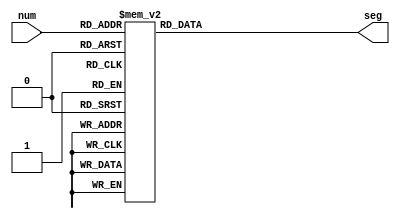
// 7-segment encoding
//      0
//     ---
//  5 |   | 1
//     --- <--6
//  4 |   | 2
//     ---
//      3
module sevenSeg(
    input [3:0]num,
    output reg [6:0]seg
    );
always @(num)
begin
      case (num)
          4'b0001 : seg = 7'b1111100;   // 1
          4'b0010 : seg = 7'b0100100;   // 2
          4'b0011 : seg = 7'b0110000;   // 3
          4'b0100 : seg = 7'b1001001;   // 4
          4'b0101 : seg = 7'b0010010;   // 5
          4'b0110 : seg = 7'b0000010;   // 6
          4'b0111 : seg = 7'b1111000;   // 7
          4'b1000 : seg = 7'b0000000;   // 8
          4'b1001 : seg = 7'b0010000;   // 9
          4'b1010 : seg = 7'b0001000;   // A
          4'b1011 : seg = 7'b0000011;   // b
          4'b1100 : seg = 7'b1000110;   // C
          4'b1101 : seg = 7'b0100001;   // d
          4'b1110 : seg = 7'b0000110;   // E
          4'b1111 : seg = 7'b0001110;   // F
          default : seg = 7'b1000000;   // 0
      endcase
      end
     endmodule